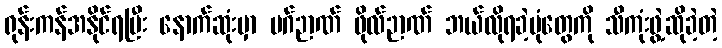
ရုန်းကန်အနိုင်ရပြီး နောက်ဆုံးမှာ မဂ်ဉာဏ် ဖိုလ်ဉာဏ် ဘယ်လိုရခဲ့ပုံတွေကို သီကုံးဖွဲ့ဆိုခဲ့တဲ့